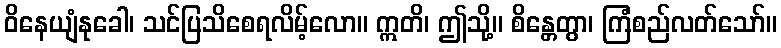
ဝိနေယျံနုခေါ၊ သင်ပြသိစေရလိမ့်လော။ ဣတိ၊ ဤသို့။ စိန္တေတွာ၊ ကြံစည်လတ်သော်။